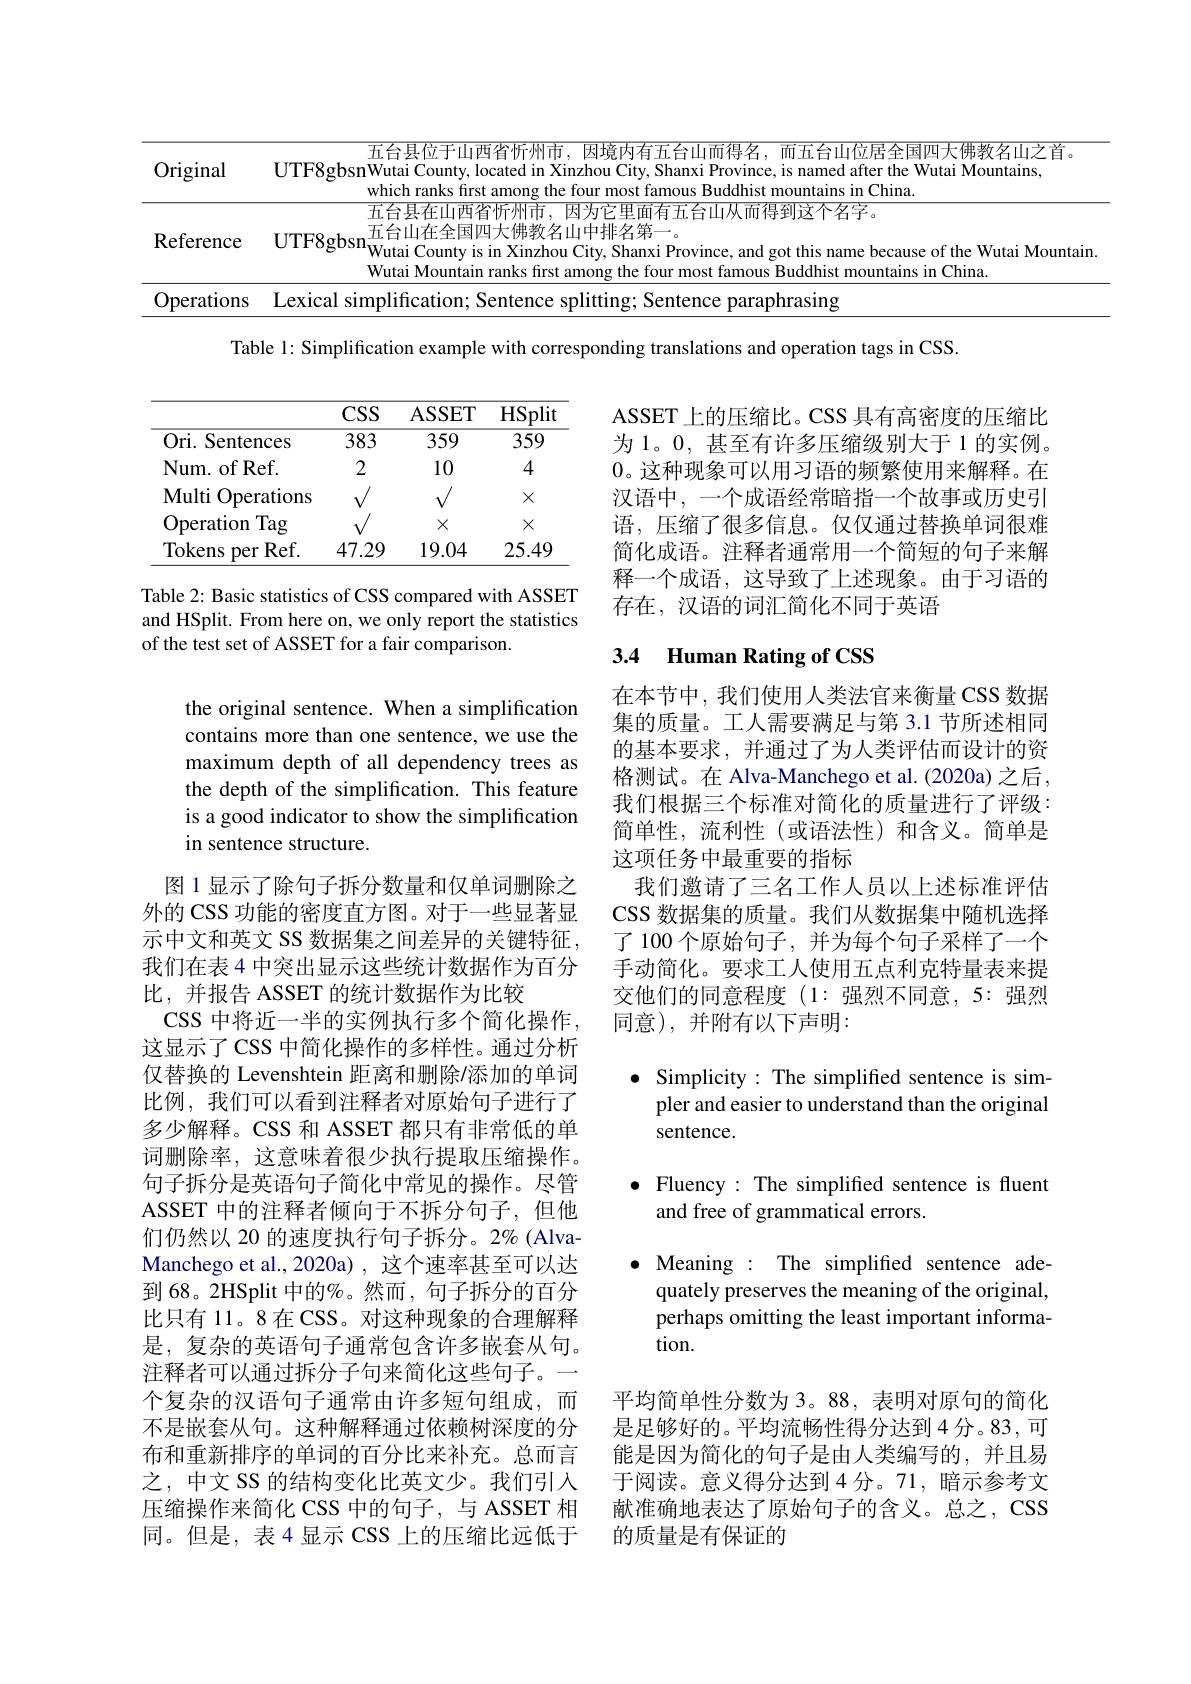
<table>
	<tbody>
		<tr>
			<td>Original</td>
			<td>五台县位于山西省忻州市，因境内有五台山而得名，而五台山位居全国四大佛教名山之首。UTF8gbsnWutai County, located in Xinzhou City, Shanxi Province, is named after the Wutai Mountains, which ranks first among the four most famous Buddhist mountains in China</td>
		</tr>
		<tr>
			<td>Reference</td>
			<td>五台县在山西省忻州市，因为它里面有五台山从而得到这个名字。UTF8gbsn$_{\begin{array}{c}\text{UTF8gbsn}_{\text{Wutai County is in Xinzhou City, Shanxi Province, and got this name because of the Wutai Mountain}\\\text{Wutai Mountain ranks first among the four most famous Buddhist mountains in China.}\end{array}}^{\text{五台山在全国四大佛教名山中排名第一。}}{\mathrm{Wutai~Mountain~r$ 五台山在全国四大佛教名山中排名第一。Wutai Mountain ranks first among the four most famous Buddhist mountains in China.</td>
		</tr>
		<tr>
			<td>Operations</td>
			<td>|exical simnlificatic amc paranhrasing</td>
		</tr>
	</tbody>
</table>

Table 1: Simplification example with corresponding translations and operation tags in CSS.

<table>
	<tbody>
		<tr>
			<th> </th>
			<th>$CSS$</th>
			<th>ASSET</th>
			<th>HSplit</th>
		</tr>
		<tr>
			<td>Ori. Sentences</td>
			<td>383</td>
			<td>359</td>
			<td>359</td>
		</tr>
		<tr>
			<td>Num. of Ref.</td>
			<td>2</td>
			<td>10</td>
			<td>4</td>
		</tr>
		<tr>
			<td>Multi Operations</td>
			<td> </td>
			<td> </td>
			<td>$X$</td>
		</tr>
		<tr>
			<td>Tag Operation</td>
			<td> </td>
			<td>$X$</td>
			<td>$X$</td>
		</tr>
		<tr>
			<td>Tokens $Ref.$ per</td>
			<td>47.29</td>
			<td>19.04</td>
			<td>25.49</td>
		</tr>
	</tbody>
</table>

ASSET 上的压缩比。CSS 具有高密度的压缩比为 1。0, 甚至有许多压缩级别大于 1 的实例。0。这种现象可以用习语的频繁使用来解释。在汉语中，一个成语经常暗指一个故事或历史引语，压缩了很多信息。仅仅通过替换单词很难简化成语。注释者通常用一个简短的句子来解释一个成语，这导致了上述现象。由于习语的存在，汉语的词汇简化不同于英语

Table 2: Basic statistics of CSS compared with ASSET and HSplit. From here on, we only report the statistics of the test set of ASSET for a fair comparison

## 3.4 Human Rating of CSS

the original sentence. When a simplification contains more than one sentence, we use the maximum depth of all dependency trees as the depth of the simplification. This feature is a good indicator to show the simplification in sentence structure.

在本节中，我们使用人类法官来衡量 CSS 数据集的质量。工人需要满足与第 3.1 节所述相同的基本要求，并通过了为人类评估而设计的资格测试。在 Alva-Manchego et al. (2020a) 之后， 我们根据三个标准对简化的质量进行了评级： 简单性，流利性(或语法性)和含义。简单是这项任务中最重要的指标
我们邀请了三名工作人员以上述标准评估CSS 数据集的质量。我们从数据集中随机选择了 100 个原始句子，并为每个句子采样了一个手动简化。要求工人使用五点利克特量表来提交他们的同意程度(1:强烈不同意，5:强烈同意),并附有以下声明：

$\bullet$ Simplicity:The simplified sentence is sim-
pler and easier to understand than the original
sentence.

$\bullet$ Fluency : The simplifed sentence is fluent
and free of grammatical errors.

图 1 显示了除句子拆分数量和仅单词删除之外的 CSS 功能的密度直方图。对于一些显著显示中文和英文 SS 数据集之间差异的关键特征， 我们在表 4 中突出显示这些统计数据作为百分比，并报告 ASSET 的统计数据作为比较
CSS 中将近一半的实例执行多个简化操作这显示了CSS 中简化操作的多样性。通过分析仅替换的 Levenshtein 距离和删除/添加的单词比例，我们可以看到注释者对原始句子进行了多少解释。CSS 和 ASSET 都只有非常低的单词删除率，这意味着很少执行提取压缩操作。句子拆分是英语句子简化中常见的操作。尽管ASSET 中的注释者倾向于不拆分句子，但他们仍然以 20 的速度执行句子拆分。2% (Alva-) Manchego et al.,2020a) , 这个速率甚至可以达到 68。2HSplit 中的%。然而，句子拆分的百分比只有 11。8在 CSS。对这种现象的合理解释是，复杂的英语句子通常包含许多嵌套从句。注释者可以通过拆分子句来简化这些句子。一个复杂的汉语句子通常由许多短句组成，而不是嵌套从句。这种解释通过依赖树深度的分布和重新排序的单词的百分比来补充。总而言之，中文 SS 的结构变化比英文少。我们引入压缩操作来简化 CSS 中的句子，与 ASSET 相同。但是，表4显示 CSS 上的压缩比远低于

$\bullet$ Meaning : The simplified sentence ade-

quately preserves the meaning of the original,

perhaps omitting the least important informa-

tion.

平均简单性分数为 3。88, 表明对原句的简化是足够好的。平均流畅性得分达到 4 分。83, 可能是因为简化的句子是由人类编写的，并且易于阅读。意义得分达到4分。71,暗示参考文献准确地表达了原始句子的含义。总之，CSS 的质量是有保证的